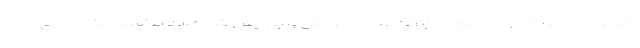
اختلال دارد، ٣٠ درصد معلمان که جذب آموزش و پرورش شده اند تناسب تخصصی